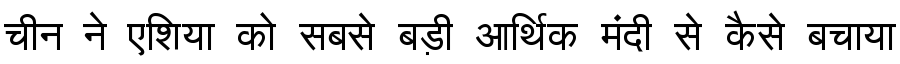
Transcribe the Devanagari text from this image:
चीन ने एशिया को सबसे बड़ी आर्थिक मंदी से कैसे बचाया